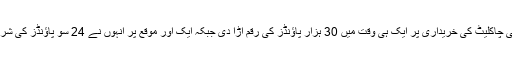
ایک موقع پر انہوں نے مہنگی چاکلیٹ کی خریداری پر ایک ہی وقت میں 30 ہزار پاؤنڈز کی رقم اڑا دی جبکہ ایک اور موقع پر انہوں نے 24 سو پاؤنڈز کی شراب اور مشروبات نوش کیے۔